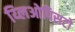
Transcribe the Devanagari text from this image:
य्लिओपिसटो